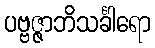
ပဗ္ဗဇ္ဇာဘိသင်္ခါရော